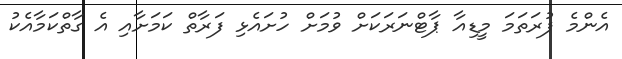
އެންމެ ފުރަތަމަ މީޑިއާ ޕާޓްނަރަކަށް ވުމަށް ހުށައެޅި ފަރާތް ކަމަށާއި އެ ގާތްކަމާއެކު